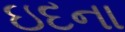
ઇદના